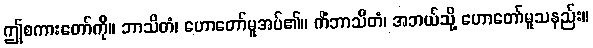
ဤစကားတော်ကို။ ဘာသိတံ၊ ဟောတော်မူအပ်၏။ ကိံဘာသိတံ၊ အဘယ်သို့ ဟောတော်မူသနည်း။